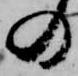
の